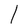
Character: l